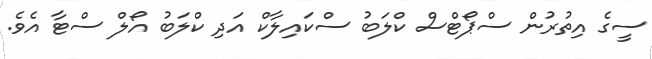
ސީގެ އިތުރުން ސްޕޯޓްސް ކްލަބު ސްކައިލާކް އަދި ކްލަބު އޯލް ސްޓާ އެވެ.